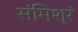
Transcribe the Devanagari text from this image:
संमिश्रं